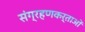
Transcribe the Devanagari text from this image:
संग्रहणकर्ताओं